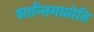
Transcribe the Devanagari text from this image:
शान्तिमाप्नोति